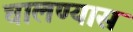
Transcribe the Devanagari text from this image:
चालण्यास